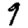
Digit: 9